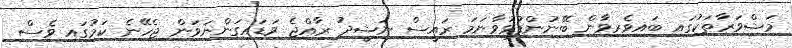
މަޝްވަރާތަކުގައި ބައިވެރިވާން ބޭނުންފުޅުވާނަމަ ރައީސް ނަޝީދު ރާއްޖެ ވަޑައިގަންނަވަން ޖެހޭނެ ކަމުގައި ވެސް